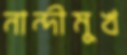
নান্দীমুখ